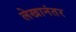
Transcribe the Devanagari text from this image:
लेखानंतर